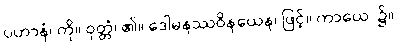
ပဟာနံ၊ ကို။ ဝုတ္တံ၊ ၏။ ဒေါမနဿဝိနယေန၊ ဖြင့်။ ကာယေ၊ ၌။